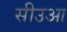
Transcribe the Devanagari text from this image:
सीउआ